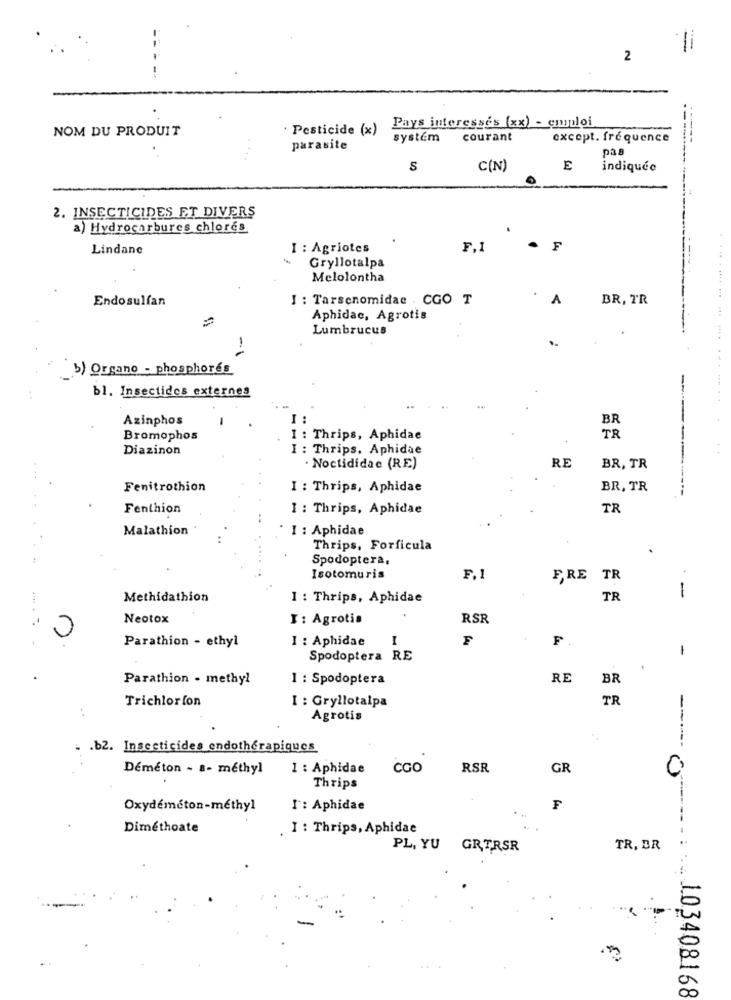
-
2
Pays interesses (xx) - emploi
NOM DU PRODUIT
Pesticide (x)
systém
courant
except. frequence
parasite
pas
S
C(N)
E
indiquée
2. INSECTICIDES ET DIVERS
a) Hydrocarbures chlores
Lindane
I : Agriotes
F,I
. F
Gryllotalpa
Melolontha
Endosulfan
I : Tarsenomidae . CGO T
A
BR, TR
Aphidac, Agrotis
Lumbrucus
5) Organo - phosphores
bl. Insectides externes
Azinphos
BR
Bromophos
I : Thrips, Aphidae
TR
Diazinon
I : Thrips. Aphidae
RE
· Noctididac (RE)
BR, TR
Fenitrothion
I : Thrips, Aphidae
BR, TR
Fenthion
1 : Thrips, Aphidae
TR
Malathion
I : Aphidae
Thrips, Forficula
Spodoptera,
Isotomuris
F.1
E,RE TR
Methidathion
1 : Thrips, Aphidae
TR
-
Neotox
I : Agrotis
RSR
I : Aphidae
I
F
F.
Parathion - ethyl
Spodoptera RE
Parathion - methyl
1 : Spodoptera
RE
BR
Trichlorfon
I : Gryllotalpa
TR
Agrotis
.b2. Insecticides endotherapiques
Déméton - a- methyl
1 : Aphidae
CGO
RSR
GR
C
Thrips
Oxydéméton-methyl
1: Aphidae
F
Diméthoate
I : Thrips, Aphidae
PL, YU GRTRSR
TR. BR
*--... .... J.03408168